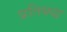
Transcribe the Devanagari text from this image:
प्रतिबद्ध